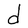
Character: d